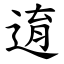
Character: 逳